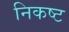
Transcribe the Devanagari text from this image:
निकष्ट